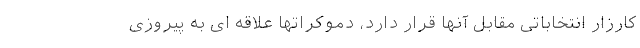
کارزار انتخاباتی مقابل آنها قرار دارد، دموکراتها علاقه ای به پیروزی